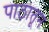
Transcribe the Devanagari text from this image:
पाठातून